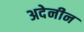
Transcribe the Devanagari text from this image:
अदेनीन